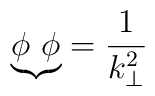
{\underbrace{\phi~\phi}} = \frac{1}{k_\bot^2}